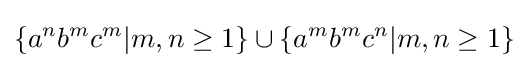
\{a^{n}b^{m}c^{m}|m,n\geq 1\}\cup \{a^{m}b^{m}c^{n}|m,n\geq 1\}